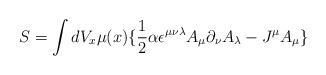
\begin{align*}S=\int dV_x \mu(x) \lbrace \frac{1}{2}\alpha \epsilon^{\mu\nu\lambda}A_\mu\partial_\nu A_\lambda -J^\mu A_\mu\rbrace\end{align*}